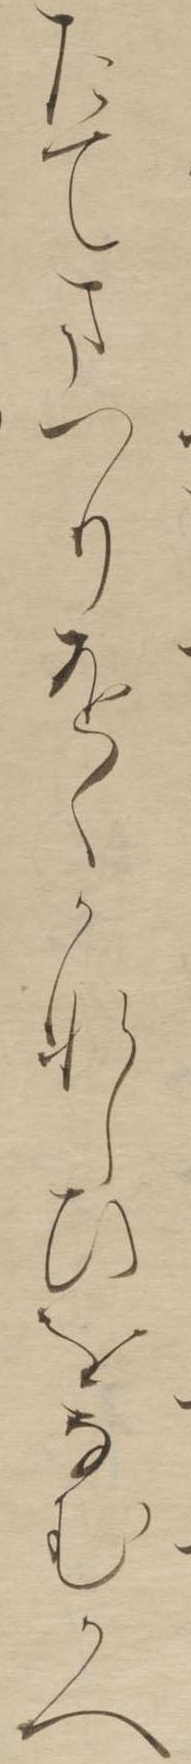
たてまつりをくかなしひをなむかへ